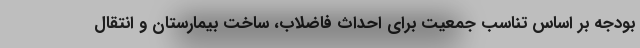
بودجه بر اساس تناسب جمعیت برای احداث فاضلاب، ساخت بیمارستان و انتقال